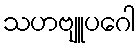
သဟဗျူပဂေါ